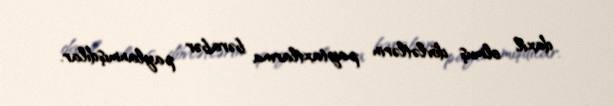
daxil olmuş dövlətlərin paytaxtlarına bərabər paylanmışdılar.